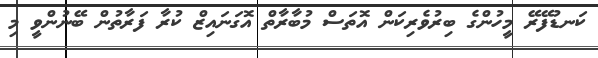
ކަނޑުފޭރޭ މީހުންގެ ބިރުވެރިކަން އޮތަސް މުބާރާތް އޮގަނައިޒް ކުރާ ފަރާތުން ބޭނުންވީ މި